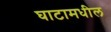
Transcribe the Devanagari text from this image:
घाटामधील